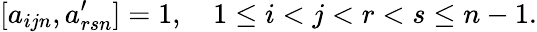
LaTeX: [a_{ijn},a_{rsn}^{\prime}]=1,\quad 1\le i<j<r<s\le n-1.